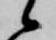
候